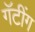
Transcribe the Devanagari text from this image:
गॅटींग